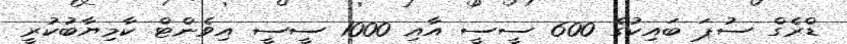
ޑްރެގް ސުޕަ ބައިކުގެ 600 ސީސީ އާއި 1000 ސީސީ އިވެންޓް ކާމިޔާބުކުރީ